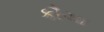
કૌચા